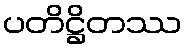
ပတိဋ္ဌိတဿ